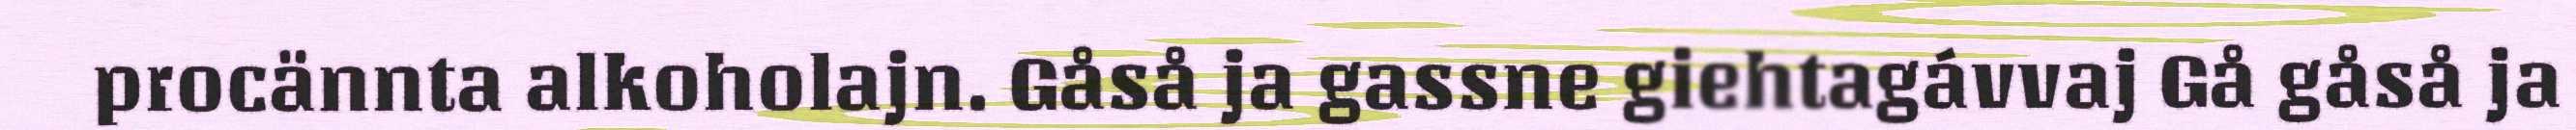
procännta alkoholajn. Gåså ja gassne giehtagávvaj Gå gåså ja